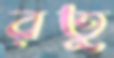
রতু